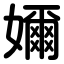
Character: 嬭